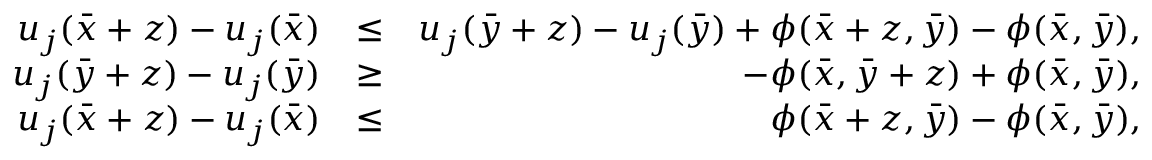
\begin{array} { r l r } { u _ { j } ( \bar { x } + z ) - u _ { j } ( \bar { x } ) } & { \le } & { u _ { j } ( \bar { y } + z ) - u _ { j } ( \bar { y } ) + \phi ( \bar { x } + z , \bar { y } ) - \phi ( \bar { x } , \bar { y } ) , } \\ { u _ { j } ( \bar { y } + z ) - u _ { j } ( \bar { y } ) } & { \geq } & { - \phi ( \bar { x } , \bar { y } + z ) + \phi ( \bar { x } , \bar { y } ) , } \\ { u _ { j } ( \bar { x } + z ) - u _ { j } ( \bar { x } ) } & { \leq } & { \phi ( \bar { x } + z , \bar { y } ) - \phi ( \bar { x } , \bar { y } ) , } \end{array}